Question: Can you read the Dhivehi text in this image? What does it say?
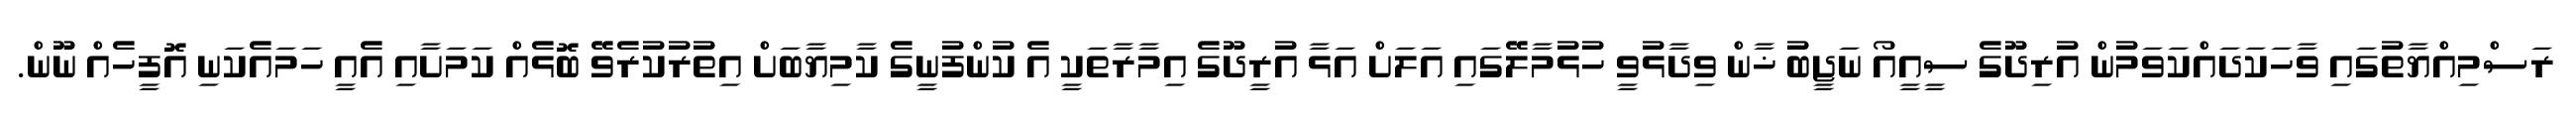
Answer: ރަސްމިއްޔާތުގައި ވާހަކަދައްކަވަމުން އުރިދޫގެ ސީއީއޯ ނަޖީބު ޚާން ވިދާޅުވީ ހުޅުމާލޭގައި އަލަށް އަޅާ އުރީދޫގެ އިމާރާތަކީ އެ ކުންފުނީގެ ކާމިޔާބަށް އިތުރުކުރެވޭ ބޮޅެއް ކަމަށާއި އެއީ ހަމައެކަނި އޮފީހެއް ނޫން.